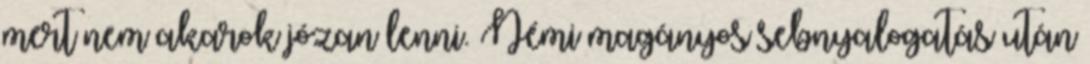
mert nem akarok józan lenni. Némi magányos sebnyalogatás után